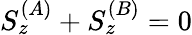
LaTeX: S_{z}^{(A)}+S_{z}^{(B)}=0